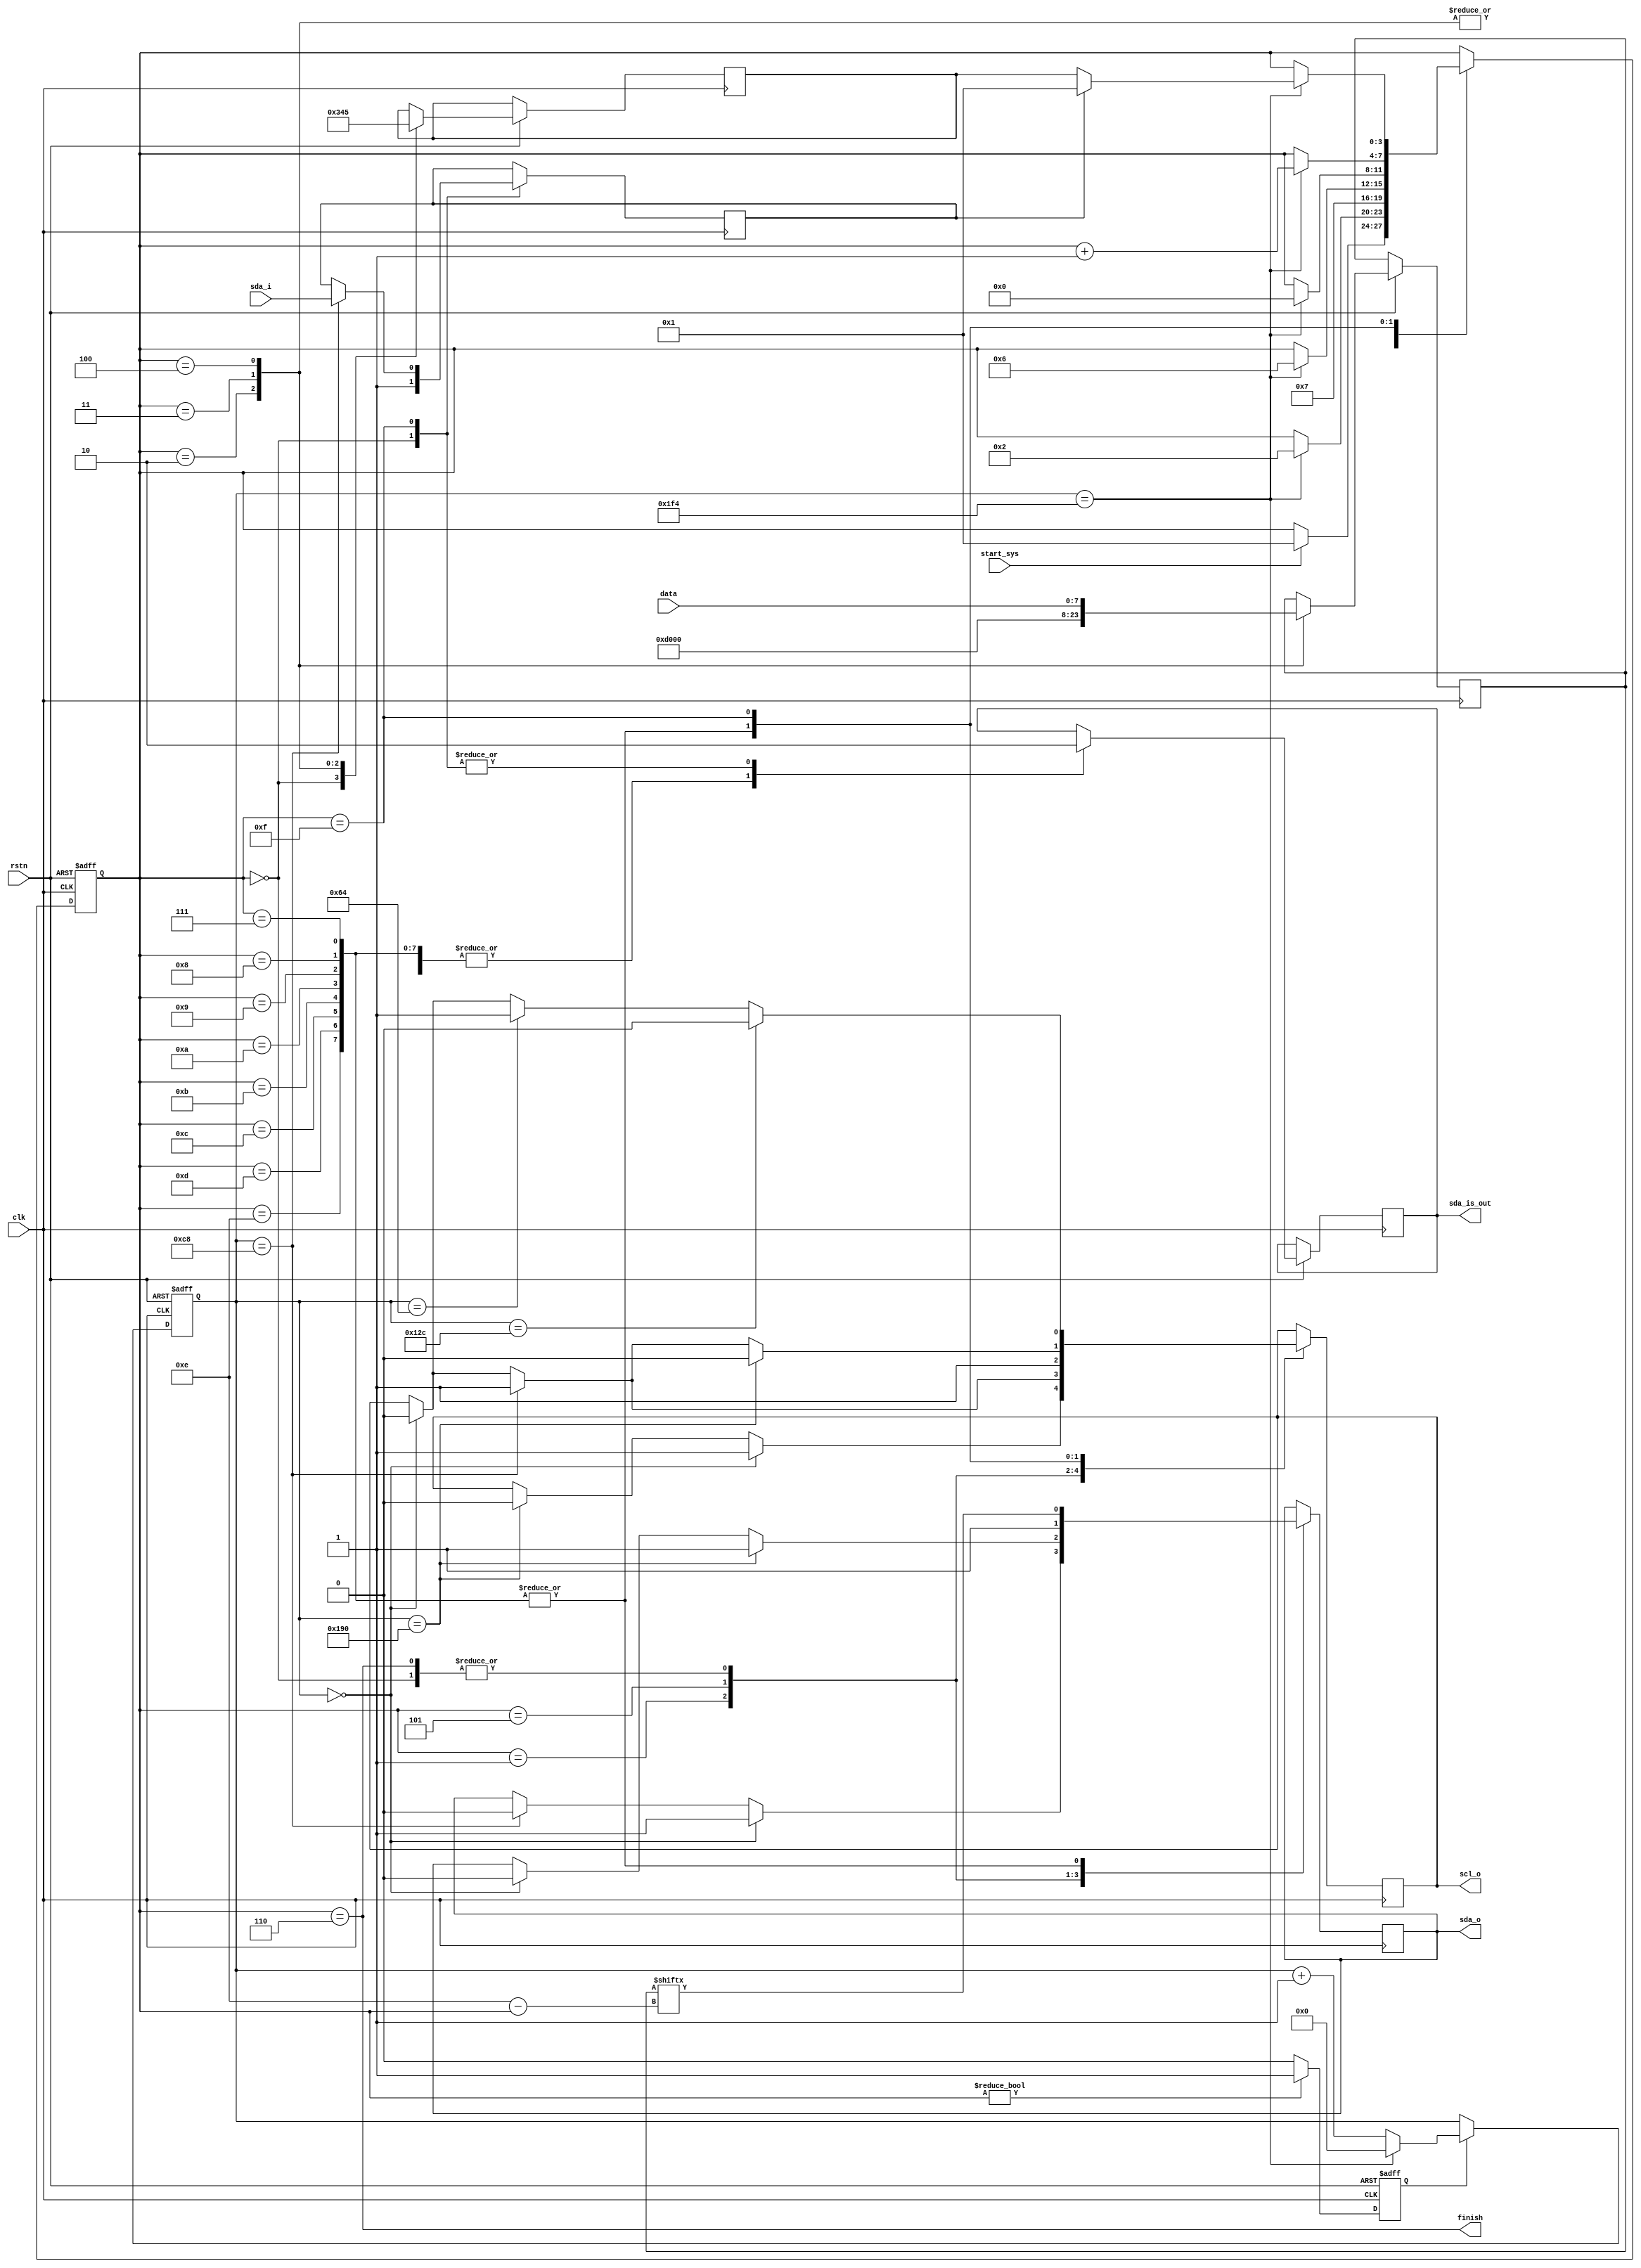
module iicm #(
    parameter CHIP_ADDR = 8'hD0,
    parameter REG_ADDR  = 8'h00
)(
    input           clk,
    input           rstn,
    input  [7:0]    data,
    input           start_sys,
    input           sda_i,
    output reg      sda_o,
    output reg      scl_o,
    output reg      sda_is_out,
    output          finish
);

parameter CNT_MAX   = 12'd500;

// COUNTER
reg  [11:0] cnt;
wire [11:0] cnt_nxt = (cnt == CNT_MAX) ? 12'b0 : cnt + 1'b1;
reg         cnt_en;
reg  [3:0] stage; // start, chip, reg, data, stop(1, 2, 3, 4, 5)
reg  [3:0] stage_nxt;

always @ (posedge clk or negedge rstn) begin
    if (~rstn) cnt_en <= 1'b0;
    else if (stage != 4'd0) cnt_en <= 1'b1;
    else cnt_en <= 1'b0;
end
always @ (posedge clk or negedge rstn) begin
    if (~rstn) cnt <= 12'b0;
    else if (cnt_en) cnt <= cnt_nxt;
end

wire interrupt = cnt == CNT_MAX;

// JUMP STAGE
reg  [7:0] iic_data;
reg        is_ack;
always @ (posedge clk or negedge rstn) begin
    if (~rstn) begin
        stage <= 4'd0;
    end
    else begin
        case(stage)
        0:  begin
            sda_is_out <= 1'b0;
            stage_nxt <= 4'd0;
            if (start_sys) stage <= 4'd1;
        end
        1:  begin
            sda_is_out <= 1'b1;
            if (interrupt) stage <= 4'd2;
        end
        2:  begin
            iic_data <= CHIP_ADDR;
            stage <= 4'd7;
            stage_nxt <= 4'd3;
        end
        3:  begin
            iic_data <= REG_ADDR;
            stage <= 4'd7;
            stage_nxt <= 4'd4;
        end
        4:  begin
            iic_data <= data;
            stage <= 4'd7;
            stage_nxt <= 4'd5;
        end
        5:  begin // STOP
            sda_is_out <= 1'b1;
            if (interrupt) stage <= 4'd6;
        end
        6: begin
            if (interrupt) stage <= 4'd0;
        end
        7, 8, 9, 10, 11, 12, 13, 14: begin
            sda_is_out <= 1'b1;
            if (interrupt) stage <= stage + 1'b1;
        end
        15: begin 
            sda_is_out <= 1'b0; // wait for acknowledge pulled up 
            if (interrupt) begin
                if (~is_ack) 
                    stage <= stage_nxt;
                else stage <= 4'd1;
            end
        end
        default: stage <= 4'd0;
        endcase
    end
end 

// TRANS
always @ (posedge clk) begin
    case(stage)
    0: begin // IDLE
        sda_o <= 1'b1;
        scl_o <= 1'b1;
        is_ack <= 1'b1;
    end
    1: begin // START
        if (cnt == 12'd0) begin
            scl_o <= 1'b1;
            sda_o <= 1'b1;
        end
        else begin
            if (cnt == 12'd200) 
                sda_o <= 1'b0;
            if (cnt == 12'd400)
                scl_o <= 1'b0;
        end
    end
    5: begin
        if (cnt == 12'd0) begin
            sda_o <= 1'b0;
            scl_o <= 1'b0;
        end
        if (cnt == 12'd200)
            scl_o <= 1'b1;
        if (cnt == 12'd400)
            sda_o <= 1'b1;
    end
    6: begin
        scl_o <= 1'b1;
        sda_o <= 1'b1;
    end
    7, 8, 9, 10, 11, 12, 13, 14: begin
        sda_o <= iic_data[14-stage];
        if (cnt == 12'd0)
            scl_o <= 1'b0;
        if (cnt == 12'd200)
            scl_o <= 1'b1;
        if (cnt == 12'd400)
            scl_o <= 1'b0;
    end
    15: begin
        if (cnt == 12'd200)
            is_ack <= sda_i;
        if (cnt == 12'd0)
            scl_o <= 1'b0;
        if (cnt == 12'd100)
            scl_o <= 1'b1;
        if (cnt == 12'd300)
            scl_o <= 1'b0;
    end
    endcase
end

// DBG
assign finish   = stage == 4'd6;

endmodule